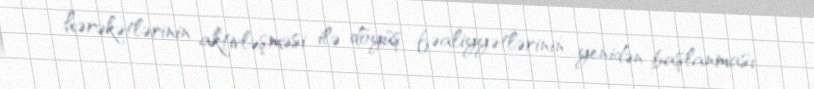
hərəkətlərinin aktivləşməsi ilə döyüş fəaliyyətlərinin yenidən başlanması